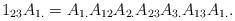
LaTeX: \begin{align*}1_{23} A_{1.} = A_{1.} A_{12} A_{2.} A_{23} A_{3.} A_{13} A_{1.}{}.\end{align*}